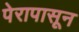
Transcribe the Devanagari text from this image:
पेरापासून